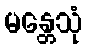
မန္တေသုံ